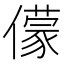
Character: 𠐁